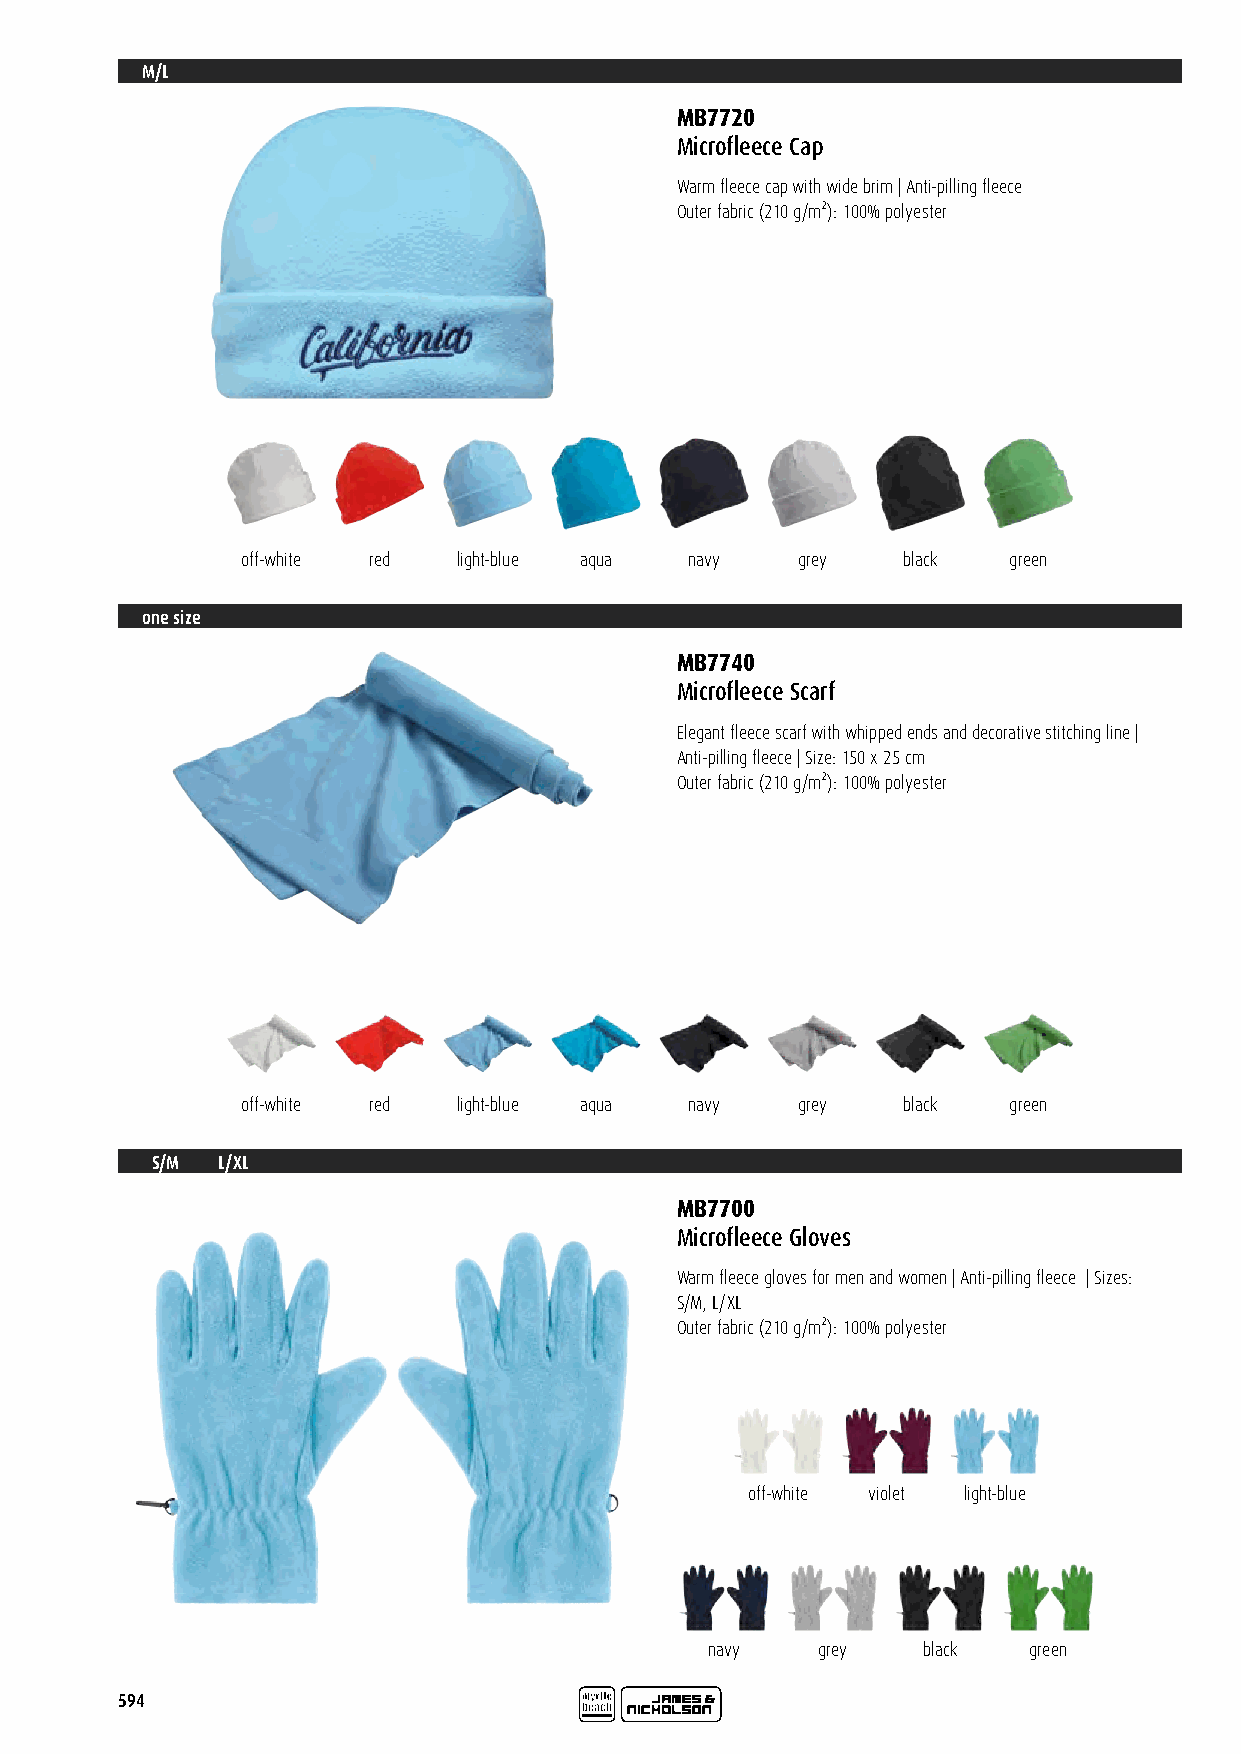
M/L
 MB7720
 Microfleece Cap
 Warm fleece cap with wide brim | Anti-pilling fleece
 Outer fabric (210 g/m²): 100% polyester
 off-white red light-blue aqua navy   grey   black  green
 one size
 MB7740
 Microfleece Scarf
 Elegant fleece scarf with whipped ends and decorative stitching line |
 Anti-pilling fleece | Size: 150 x 25 cm
 Outer fabric (210 g/m²): 100% polyester
 off-white red light-blue aqua navy   grey   black  green
 S/M L/XL
 MB7700
 Microfleece Gloves
 Warm fleece gloves for men and women | Anti-pilling fleece | Sizes:
 S/M, L/XL
 Outer fabric (210 g/m²): 100% polyester
 off-white violet light-blue
 navy   grey   black  green
 594